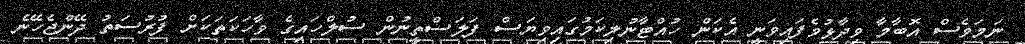
ނަމަވެސް އޮބާމާ ވިދާޅުވެފައިވަނީ އެކަން ހުއްޓާނުލިކަމުގައިވިޔަސް ފަލަސްތީނުން ސުލްހައިގެ ވާހަކަތަކަށް ފުރުސަތު ދޭންޖެހޭނެ